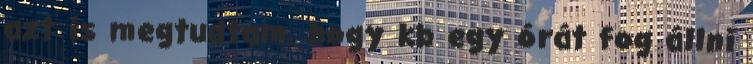
azt is megtudtam, hogy kb egy órát fog állni